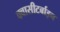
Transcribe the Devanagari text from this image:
क्वासीटर्बाइन